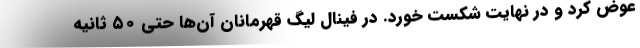
عوض کرد و در نهایت شکست خورد. در فینال لیگ قهرمانان آن‌ها حتی ۵۰ ثانیه